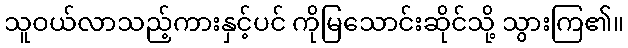
သူဝယ်လာသည့်ကားနှင့်ပင် ကိုမြသောင်းဆိုင်သို့ သွားကြ၏။